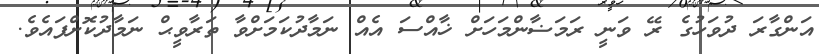
އަންގާރަ ދުވަހުގެ ރޭ ވަނީ ރަމަޟާންމަހަށް ޚާއްސަ އެއް ނަމާދުކަމަށްވާ ތަރާވީޙް ނަމާދުކޮށްފައެވެ.